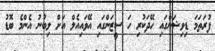
ފުރަތަމަ ޑިވިޝަންގައި ހޭދަކުރި ހަ ސީޒަންގައި އޭވައިއެލް އަށް ލިބުނު އެންމެ ބޮޑު